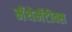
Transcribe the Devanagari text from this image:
मॅथेमॅटीक्स